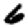
Digit: 6